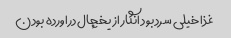
غذا خیلی سرد بود انگار از یخچال دراورده بودن